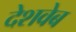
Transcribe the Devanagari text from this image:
देशवेब